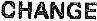
CHANGE